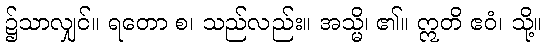
၌သာလျှင်။ ရတော စ၊ သည်လည်း။ အသ္မိ၊ ၏။ ဣတိ ဧဝံ၊ သို့။